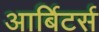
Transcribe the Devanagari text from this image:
आर्बिटर्स